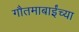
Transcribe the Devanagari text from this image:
गौतमाबाईंच्या